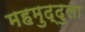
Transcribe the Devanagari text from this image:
महमुद्दुला